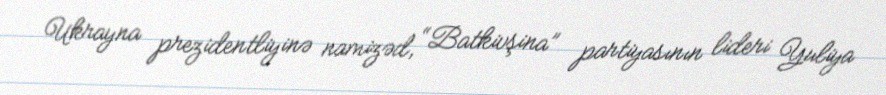
Ukrayna prezidentliyinə namizəd, “Batkivşina” partiyasının lideri Yuliya